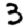
Digit: 3